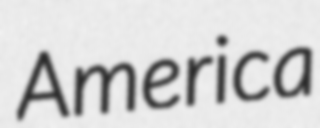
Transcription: America